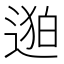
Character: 𬨯